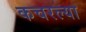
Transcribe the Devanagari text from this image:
कचरल्या